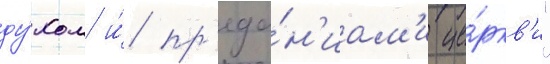
ду́хом и́ пр'еда́н'иам'и це́ркв'и"